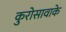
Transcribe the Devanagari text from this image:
कुरोसावाके